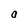
Character: o